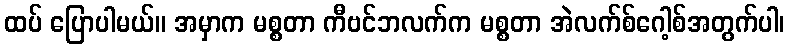
ထပ် ပြောပါမယ်။ အမှာက မစ္စတာ ကီဗင်ဘလက်က မစ္စတာ အဲလက်စ်ဂေါ့စ်အတွက်ပါ၊